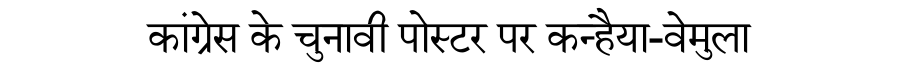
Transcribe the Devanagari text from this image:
कांग्रेस के चुनावी पोस्टर पर कन्हैया-वेमुला